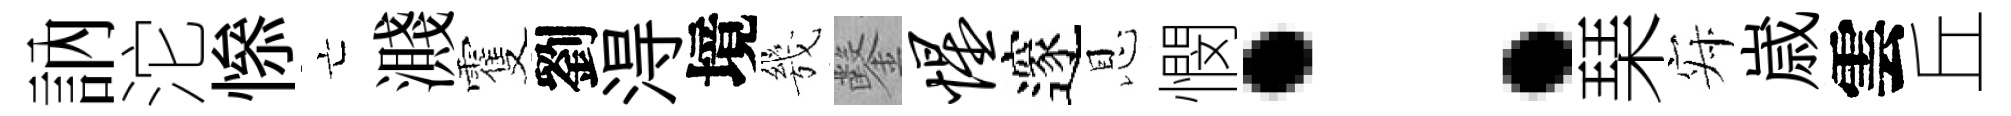
訥沱𢡖亡濺䨥劉淂境㡬鑿惺邃恩憫：琹寂𡻕雲丘